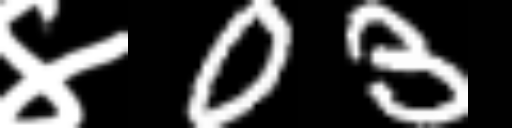
Text: ४03